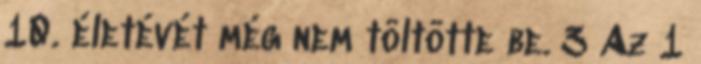
10. életévét még nem töltötte be. 3 Az 1